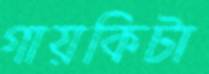
গায়কিটা